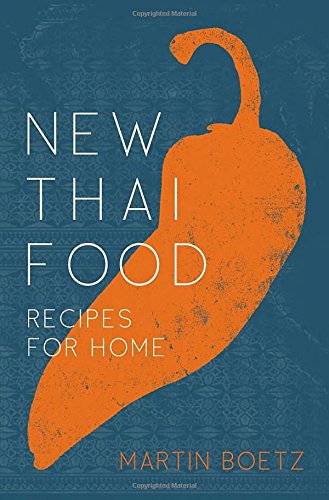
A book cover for New Thai Food: Recipes for Home; Martin Boetz; Cookbooks, Food & Wine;